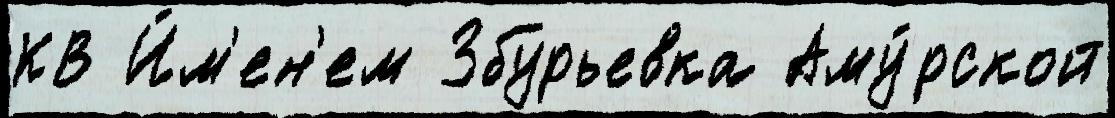
КВ И́м'ен'ем Збурьевка Аму́рской